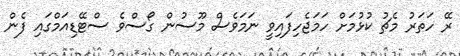
ރޭ ހަތަރު މެޗު ކުޅުމަށް ހަމަޖެހިފައިވީ ނަމަވެސް މޫސުން ގޯސްވެ ސްޓޭޑިއަމްގައި ފެން